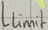
Text: Llimit